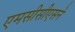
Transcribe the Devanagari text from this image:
एमसीसीएसने